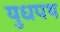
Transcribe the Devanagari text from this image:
युधपथ